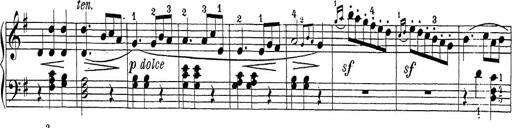
Title: Sonatina Album
Composer: Louis KÃ¶hler